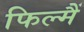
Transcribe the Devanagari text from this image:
फिल्मैं